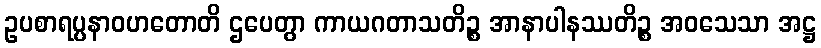
ဥပစာရပ္ပနာဝဟတောတိ ဌပေတွာ ကာယဂတာသတိဉ္စ အာနာပါနဿတိဉ္စ အဝသေသာ အဋ္ဌ